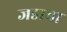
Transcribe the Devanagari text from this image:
जडाचा